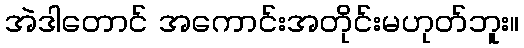
အဲဒါတောင် အကောင်းအတိုင်းမဟုတ်ဘူး။